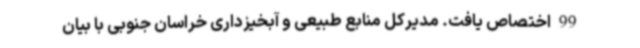
99 اختصاص یافت. مدیرکل منابع طبیعی و آبخیزداری خراسان جنوبی با بیان